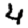
Digit: 4